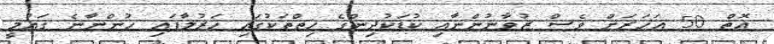
އޮތް 50 އަހަރަށް ވެސް ޒުވާނުންނާއި ކުޑަކުދިންގެ ހިތްތަކުގައި ހަރުލާފައި ހުންނާނެ ޤައުމީ